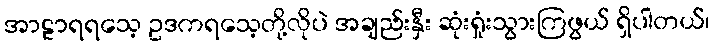
အာဠာရရသေ့ ဥဒကရသေ့တို့လိုပဲ အချည်းနှီး ဆုံးရှုံးသွားကြဖွယ် ရှိပါတယ်၊